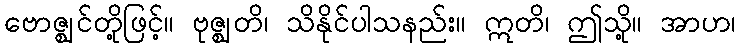
ဗောဇ္ဈင်တို့ဖြင့်။ ဗုဇ္ဈတိ၊ သိနိုင်ပါသနည်း။ ဣတိ၊ ဤသို့။ အာဟ၊